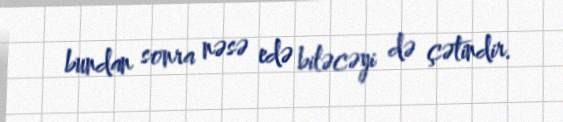
bundan sonra nəsə edə biləcəyi də çətindir.